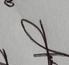
Signature authenticity: genuine